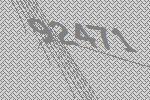
92471